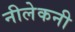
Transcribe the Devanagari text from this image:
नीलेकनी